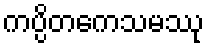
ကပ္ပိတကေသမဿု